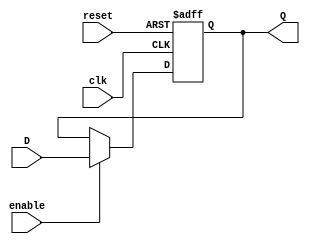
//LABORATORIO 9
//ELECTRONICA DIGITAL I
//GABRIEL ALEXANDER FONG PENAGOS 19722
//EJERCICIO 1

module flipflopD (input wire clk, reset, enable, D,
                  output reg Q);

    always @ ( posedge clk, posedge reset ) begin
      if (reset) begin
        Q <= 1'b0;
      end
      else if (enable) begin //SI EL ENABLE == 1 DEJA PASAR EL VALOR DE D A LA SALIDA Q
        Q <= D;
      end
    end
endmodule // flipflopD

module flipflop2D (input wire clk, reset, enable,
                  input wire [1:0]D,
                  output wire [1:0]Q);
    flipflopD U1(clk,reset, enable,D[0],Q[0]);//LLAMAMOS AL MODULO flipflopD
    flipflopD U2(clk,reset, enable,D[1],Q[1]);//LLAMAMOS AL MODULO flipflopD

endmodule // flipflop2D

module flipflop4D (input wire clk, reset, enable,
                  input wire [3:0]D,
                  output wire [3:0]Q);
    flipflop2D U1(clk, reset, enable,D[1:0], Q[1:0]);//LLAMAMOS AL MODULO FLIPFLOP 2 BITS
    flipflop2D U2(clk, reset, enable,D[3:2], Q[3:2]);//LLAMAMOS AL MODULO FLIPFLOP 2 BITS

endmodule // flipflop4D